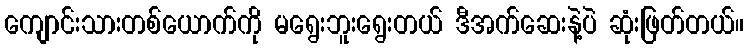
ကျောင်းသားတစ်ယောက်ကို မရွေးဘူးရွေးတယ် ဒီအက်ဆေးနဲ့ပဲ ဆုံးဖြတ်တယ်။